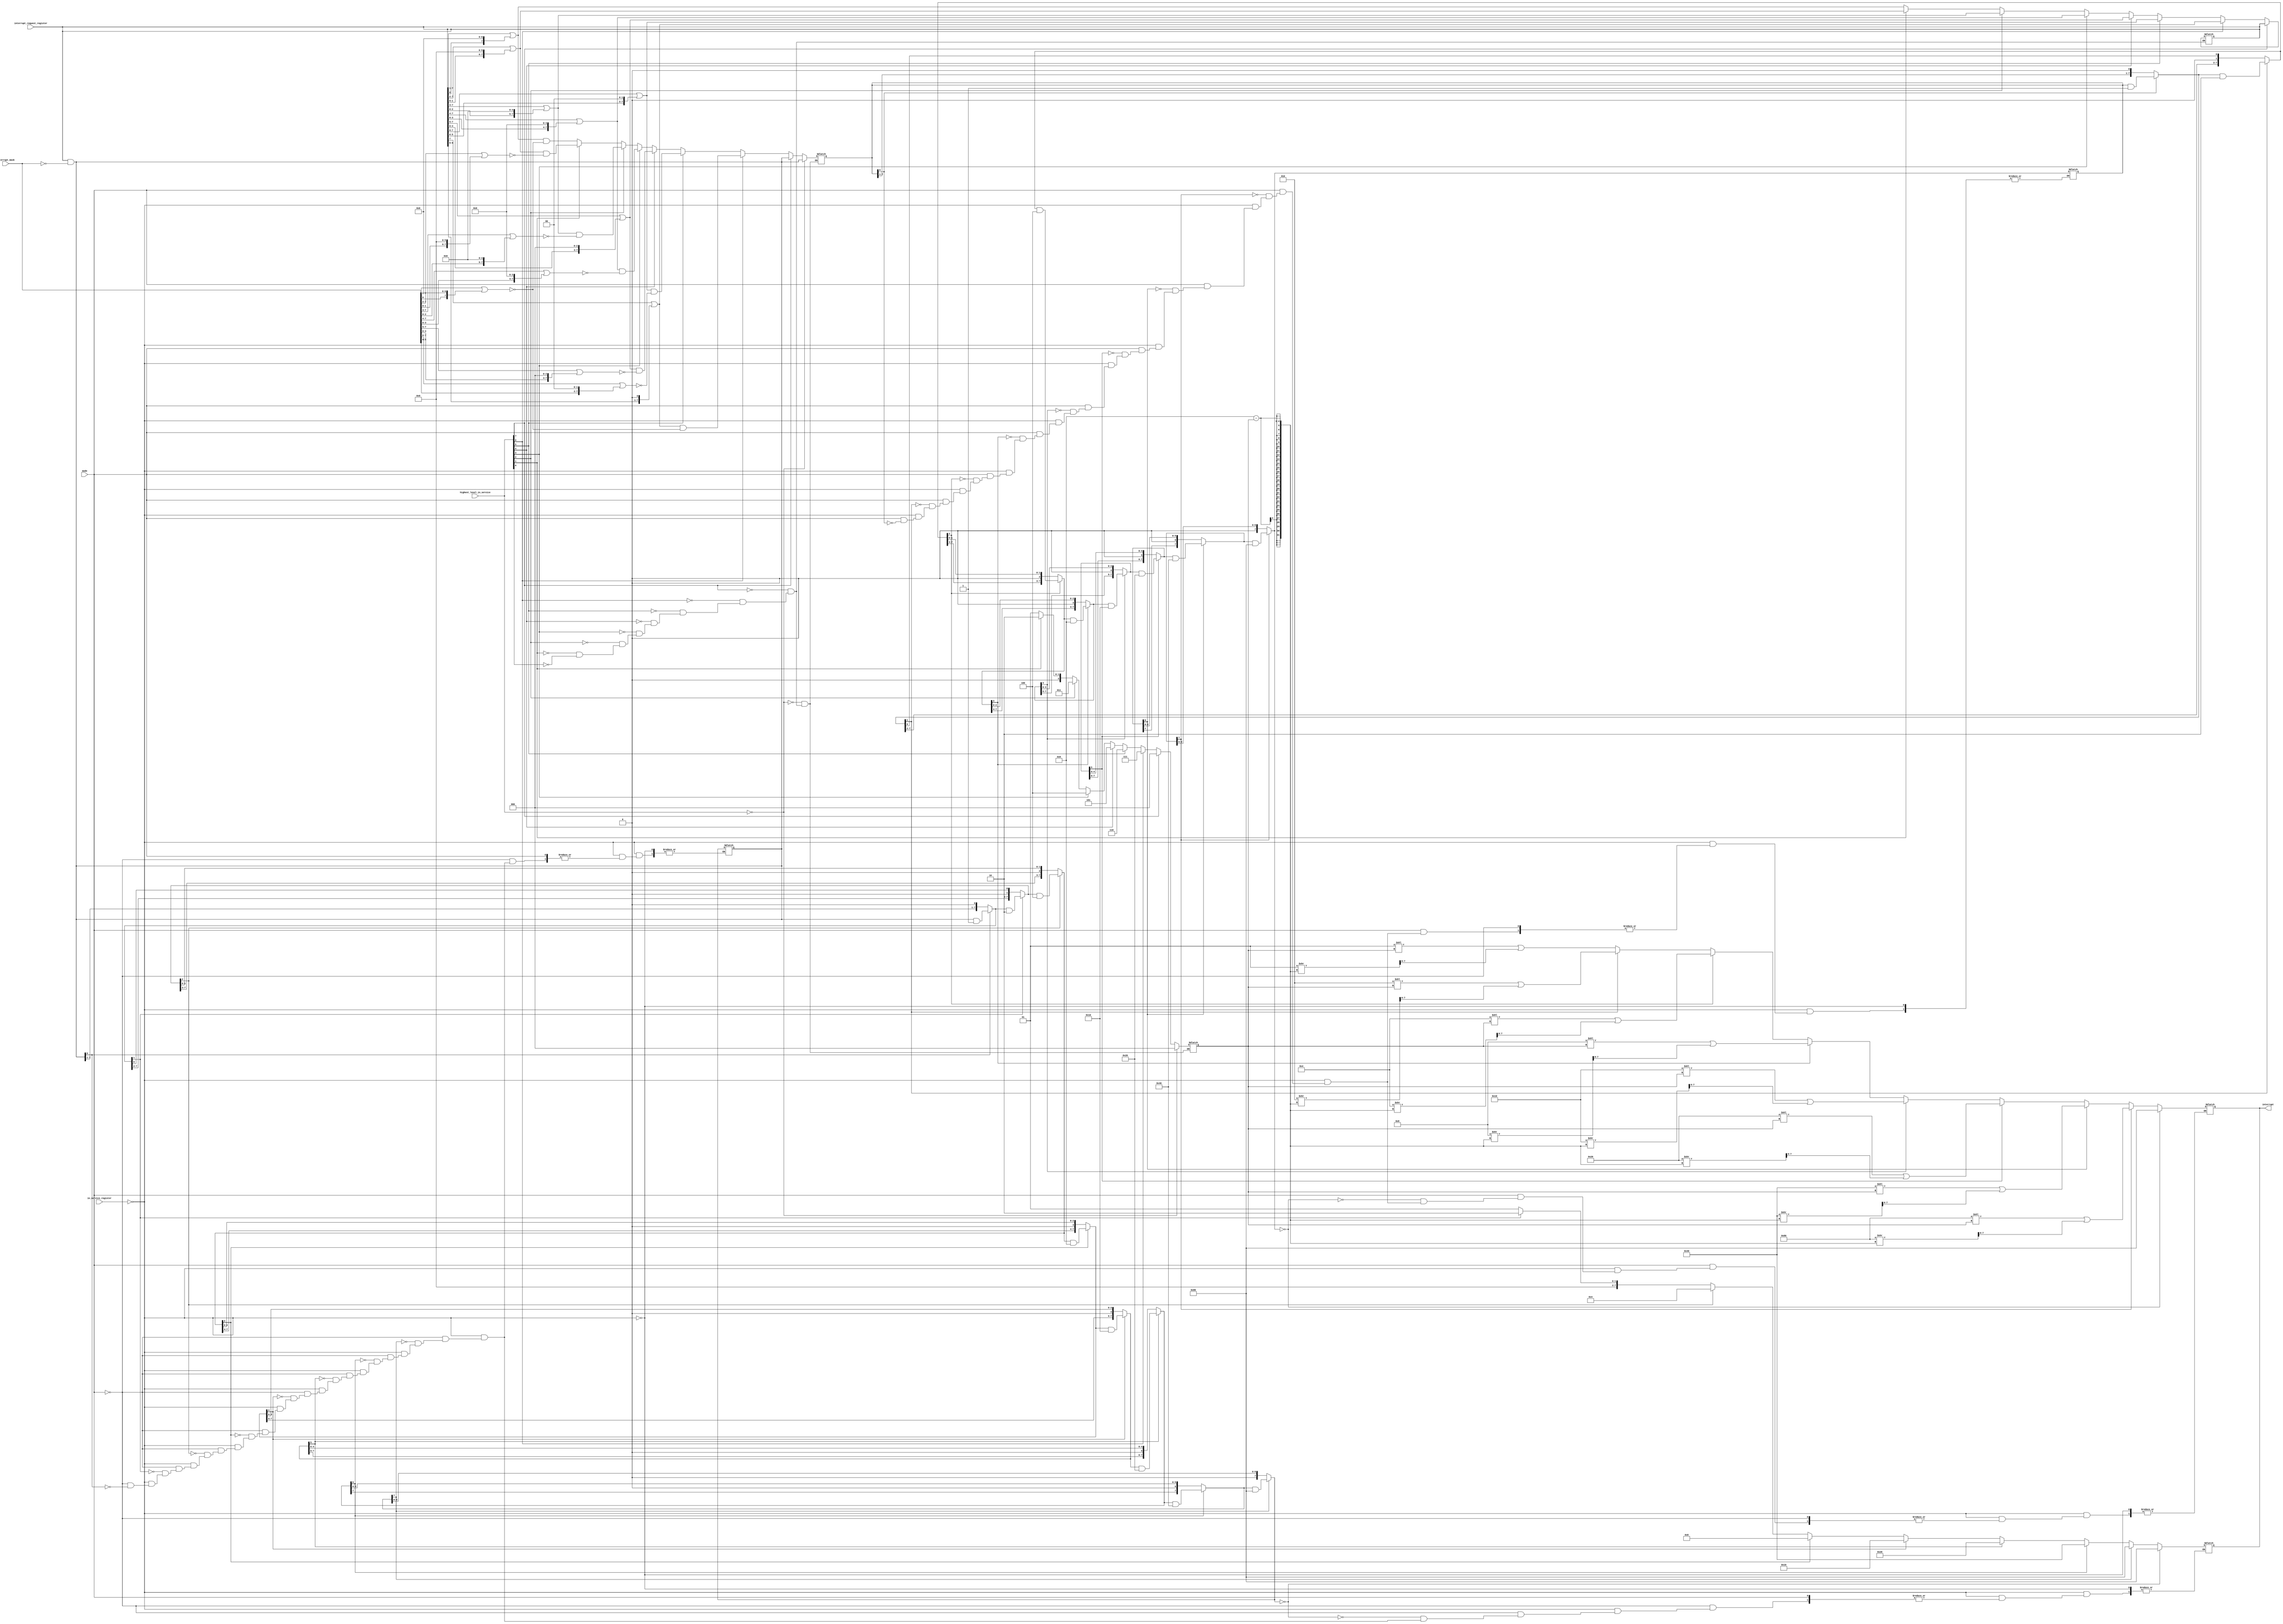
// Code your design here
module PriorityResolver (
 // Inputs from control logic
 input   mode,
 input  [7:0]  interrupt_mask,
 input  [7:0]  highest_level_in_service,
 input  [7:0]  interrupt_request_register,
 input  [7:0]  in_service_register,

 // Outputs
 output reg [7:0]  interrupt
);
  
 reg  [7:0] masked_interrupt_request;
 reg	[7:0] inservicemask;
 reg	[7:0] rotatedmask;
 reg	[7:0] rotatedirr;
 reg	[7:0] rotatedmaskedirr;
  reg	[7:0] rotatedmaskedirr2;
  reg [2:0] rotationvalue; 

 always@(*)
  begin
   masked_interrupt_request=interrupt_request_register& ~interrupt_mask;
   inservicemask=masked_interrupt_request;
   rotatedmask=interrupt_mask;
  end
 always@(*)
  begin  
 	 rotatedirr=interrupt_request_register;
  end
 always@(*)
   begin
     if(highest_level_in_service[0]==1)
       begin
         rotatedirr=(interrupt_request_register>>1) | (interrupt_request_register<<7);
        rotatedmaskedirr= (interrupt_mask >> 1) | (interrupt_mask<<7);
        rotatedmaskedirr=rotatedirr&~rotatedmaskedirr;
         rotationvalue=1;
       end
         if(highest_level_in_service[1]==1)
       begin
         rotatedirr=(interrupt_request_register>>2) | (interrupt_request_register<<6);
         rotatedmaskedirr= (interrupt_mask >> 2) | (interrupt_mask<<6);
        rotatedmaskedirr=rotatedirr&~rotatedmaskedirr;
         rotationvalue=2;
       end
         if(highest_level_in_service[2]==1)
       begin
         rotatedirr=(interrupt_request_register>>3) | (interrupt_request_register<<5);
         rotatedmaskedirr= (interrupt_mask >> 3) | (interrupt_mask<<5);
        rotatedmaskedirr=rotatedirr&~rotatedmaskedirr;
         rotationvalue=3;
       end
         if(highest_level_in_service[3]==1)
       begin
         rotatedirr=(interrupt_request_register>>4) | (interrupt_request_register<<4);
         rotatedmaskedirr= (interrupt_mask >> 4) | (interrupt_mask<<4);
        rotatedmaskedirr=rotatedirr&~rotatedmaskedirr;
         rotationvalue=4;
       end
         if(highest_level_in_service[4]==1)
       begin
         rotatedirr=(interrupt_request_register>>5) | (interrupt_request_register<<3);
         rotatedmaskedirr= (interrupt_mask >> 5) | (interrupt_mask<<3);
        rotatedmaskedirr=rotatedirr&~rotatedmaskedirr;
         rotationvalue=5;
       end
         if(highest_level_in_service[5]==1)
       begin
         rotatedirr=(interrupt_request_register>>6) | (interrupt_request_register<<2);
         rotatedmaskedirr= (interrupt_mask >> 6) | (interrupt_mask<<2);
        rotatedmaskedirr=rotatedirr&~rotatedmaskedirr;
         rotationvalue=6;
       end
         if(highest_level_in_service[6]==1)
       begin
         rotatedirr=(interrupt_request_register>>7) | (interrupt_request_register<<1);
        rotatedmaskedirr= (interrupt_mask >> 1) | (interrupt_mask<<7);
        rotatedmaskedirr=rotatedirr&~rotatedmaskedirr;
         rotationvalue=7;
       end
         if(highest_level_in_service[7]==1)
       begin
         rotatedirr=interrupt_request_register; 
        rotatedmaskedirr= interrupt_mask; 
        rotatedmaskedirr=rotatedirr&~rotatedmaskedirr;
         rotationvalue=0;
       end
     if(highest_level_in_service==0)
       begin
         rotatedmaskedirr=masked_interrupt_request;
         rotationvalue=0;
       end
   end
  always@(*)
    begin
      rotatedmaskedirr2=rotatedmaskedirr;
    end
  
 always@(masked_interrupt_request)
  begin
   if(in_service_register==0)
    begin
     if(mode==0 )
      begin
        
       if(inservicemask[0]==1) begin 
        interrupt=1; 
        inservicemask=inservicemask&1;
       end
       if(inservicemask[1]==1) begin 
        interrupt=2; 
        inservicemask=inservicemask&2;
       end
       if(inservicemask[2]==1) begin 
        interrupt=4; 
        inservicemask=inservicemask&4;
       end
       if(inservicemask[3]==1) begin 
        interrupt=8; 
        inservicemask=inservicemask&8;
       end
       if(inservicemask[4]==1) begin 
        interrupt=16; 
        inservicemask=inservicemask&16;
       end
       if(inservicemask[5]==1) begin 
        interrupt=32; 
        inservicemask=inservicemask&32;
       end
       if(inservicemask[6]==1) begin 
        interrupt=64; 
        inservicemask=inservicemask&64;
       end
       if(inservicemask[7]==1) begin 
        interrupt=128; 
        inservicemask=inservicemask&128;
       end
        if(inservicemask==0)
          begin
            interrupt=128;
          end
        
      end
    end
    
  end
  
  
  always@(rotatedmaskedirr)
  begin

   if(in_service_register==0)
    begin
     if(mode==1)
      begin
       if(rotatedmaskedirr2[0]==1) begin 
         interrupt= (1<<rotationvalue) |(1>>(8-rotationvalue)) ; 
        rotatedmaskedirr2=rotatedmaskedirr2&1;
   
       end
       if(rotatedmaskedirr2[1]==1) begin 
         interrupt= (2<<rotationvalue) |(2>>(8-rotationvalue)) ; 
        rotatedmaskedirr2=rotatedmaskedirr2&2;
       end
       if(rotatedmaskedirr2[2]==1) begin 
         interrupt= (4<<rotationvalue) |(4>>(8-rotationvalue)) ; 
        rotatedmaskedirr2=rotatedmaskedirr2&4;      
         
       end
       if(rotatedmaskedirr2[3]==1) begin 
         interrupt= (8<<rotationvalue) |(8>>(8-rotationvalue)) ; 
        rotatedmaskedirr2=rotatedmaskedirr2&8;

       end
       if(rotatedmaskedirr2[4]==1) begin 
        interrupt= (16<<rotationvalue) |(16>>(8-rotationvalue)) ; 
        rotatedmaskedirr2=rotatedmaskedirr2&16;

       end
       if(rotatedmaskedirr2[5]==1) begin 
         interrupt= (32<<rotationvalue) |(32>>(8-rotationvalue)) ; 
        rotatedmaskedirr2=rotatedmaskedirr2&32;

       end
       if(rotatedmaskedirr2[6]==1) begin 
         interrupt= (64<<rotationvalue) |(64>>(8-rotationvalue)) ; 
        rotatedmaskedirr2=rotatedmaskedirr2&64;

       end
       if(rotatedmaskedirr2[7]==1) begin 
         interrupt= (128<<rotationvalue) |(128>>(8-rotationvalue)) ; 
        rotatedmaskedirr2=rotatedmaskedirr2&128;
       end
        if(rotatedmaskedirr2==0)
          begin
            interrupt=128;
          end
      end
    end    
  end


endmodule